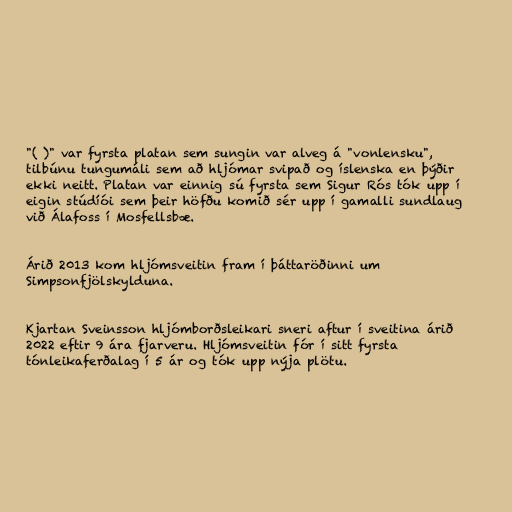
"( )" var fyrsta platan sem sungin var alveg á "vonlensku",
tilbúnu tungumáli sem að hljómar svipað og íslenska en þýðir
ekki neitt. Platan var einnig sú fyrsta sem Sigur Rós tók upp í
eigin stúdíói sem þeir höfðu komið sér upp í gamalli sundlaug
við Álafoss í Mosfellsbæ.

Árið 2013 kom hljómsveitin fram í þáttaröðinni um
Simpsonfjölskylduna.

Kjartan Sveinsson hljómborðsleikari sneri aftur í sveitina árið
2022 eftir 9 ára fjarveru. Hljómsveitin fór í sitt fyrsta
tónleikaferðalag í 5 ár og tók upp nýja plötu.